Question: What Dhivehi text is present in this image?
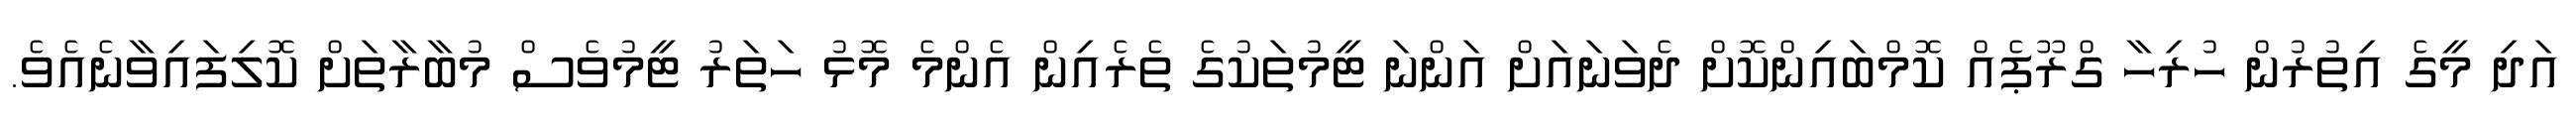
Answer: އަދި މީގެ އިތުރުން ހުރިހާ ގްރޫޕެއް ކޮމްބައިންކޮށް ދެވަނައަށް އަންނަ ޓީމުތަކުގެ ތެރެއިން އެންމެ މޮޅު ހަތަރު ޓީމުވެސް މުބާރާތަށް ކޮލިފައިވާނެއެވެ.